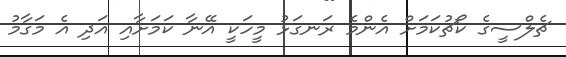
ޗެލްސީގެ ކޯޗުކަމަށް އެންމެ ރަނގަޅު މީހަކީ އޭނާ ކަމަށާއި އަދި އެ މަގާމު